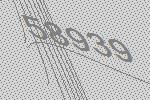
58939